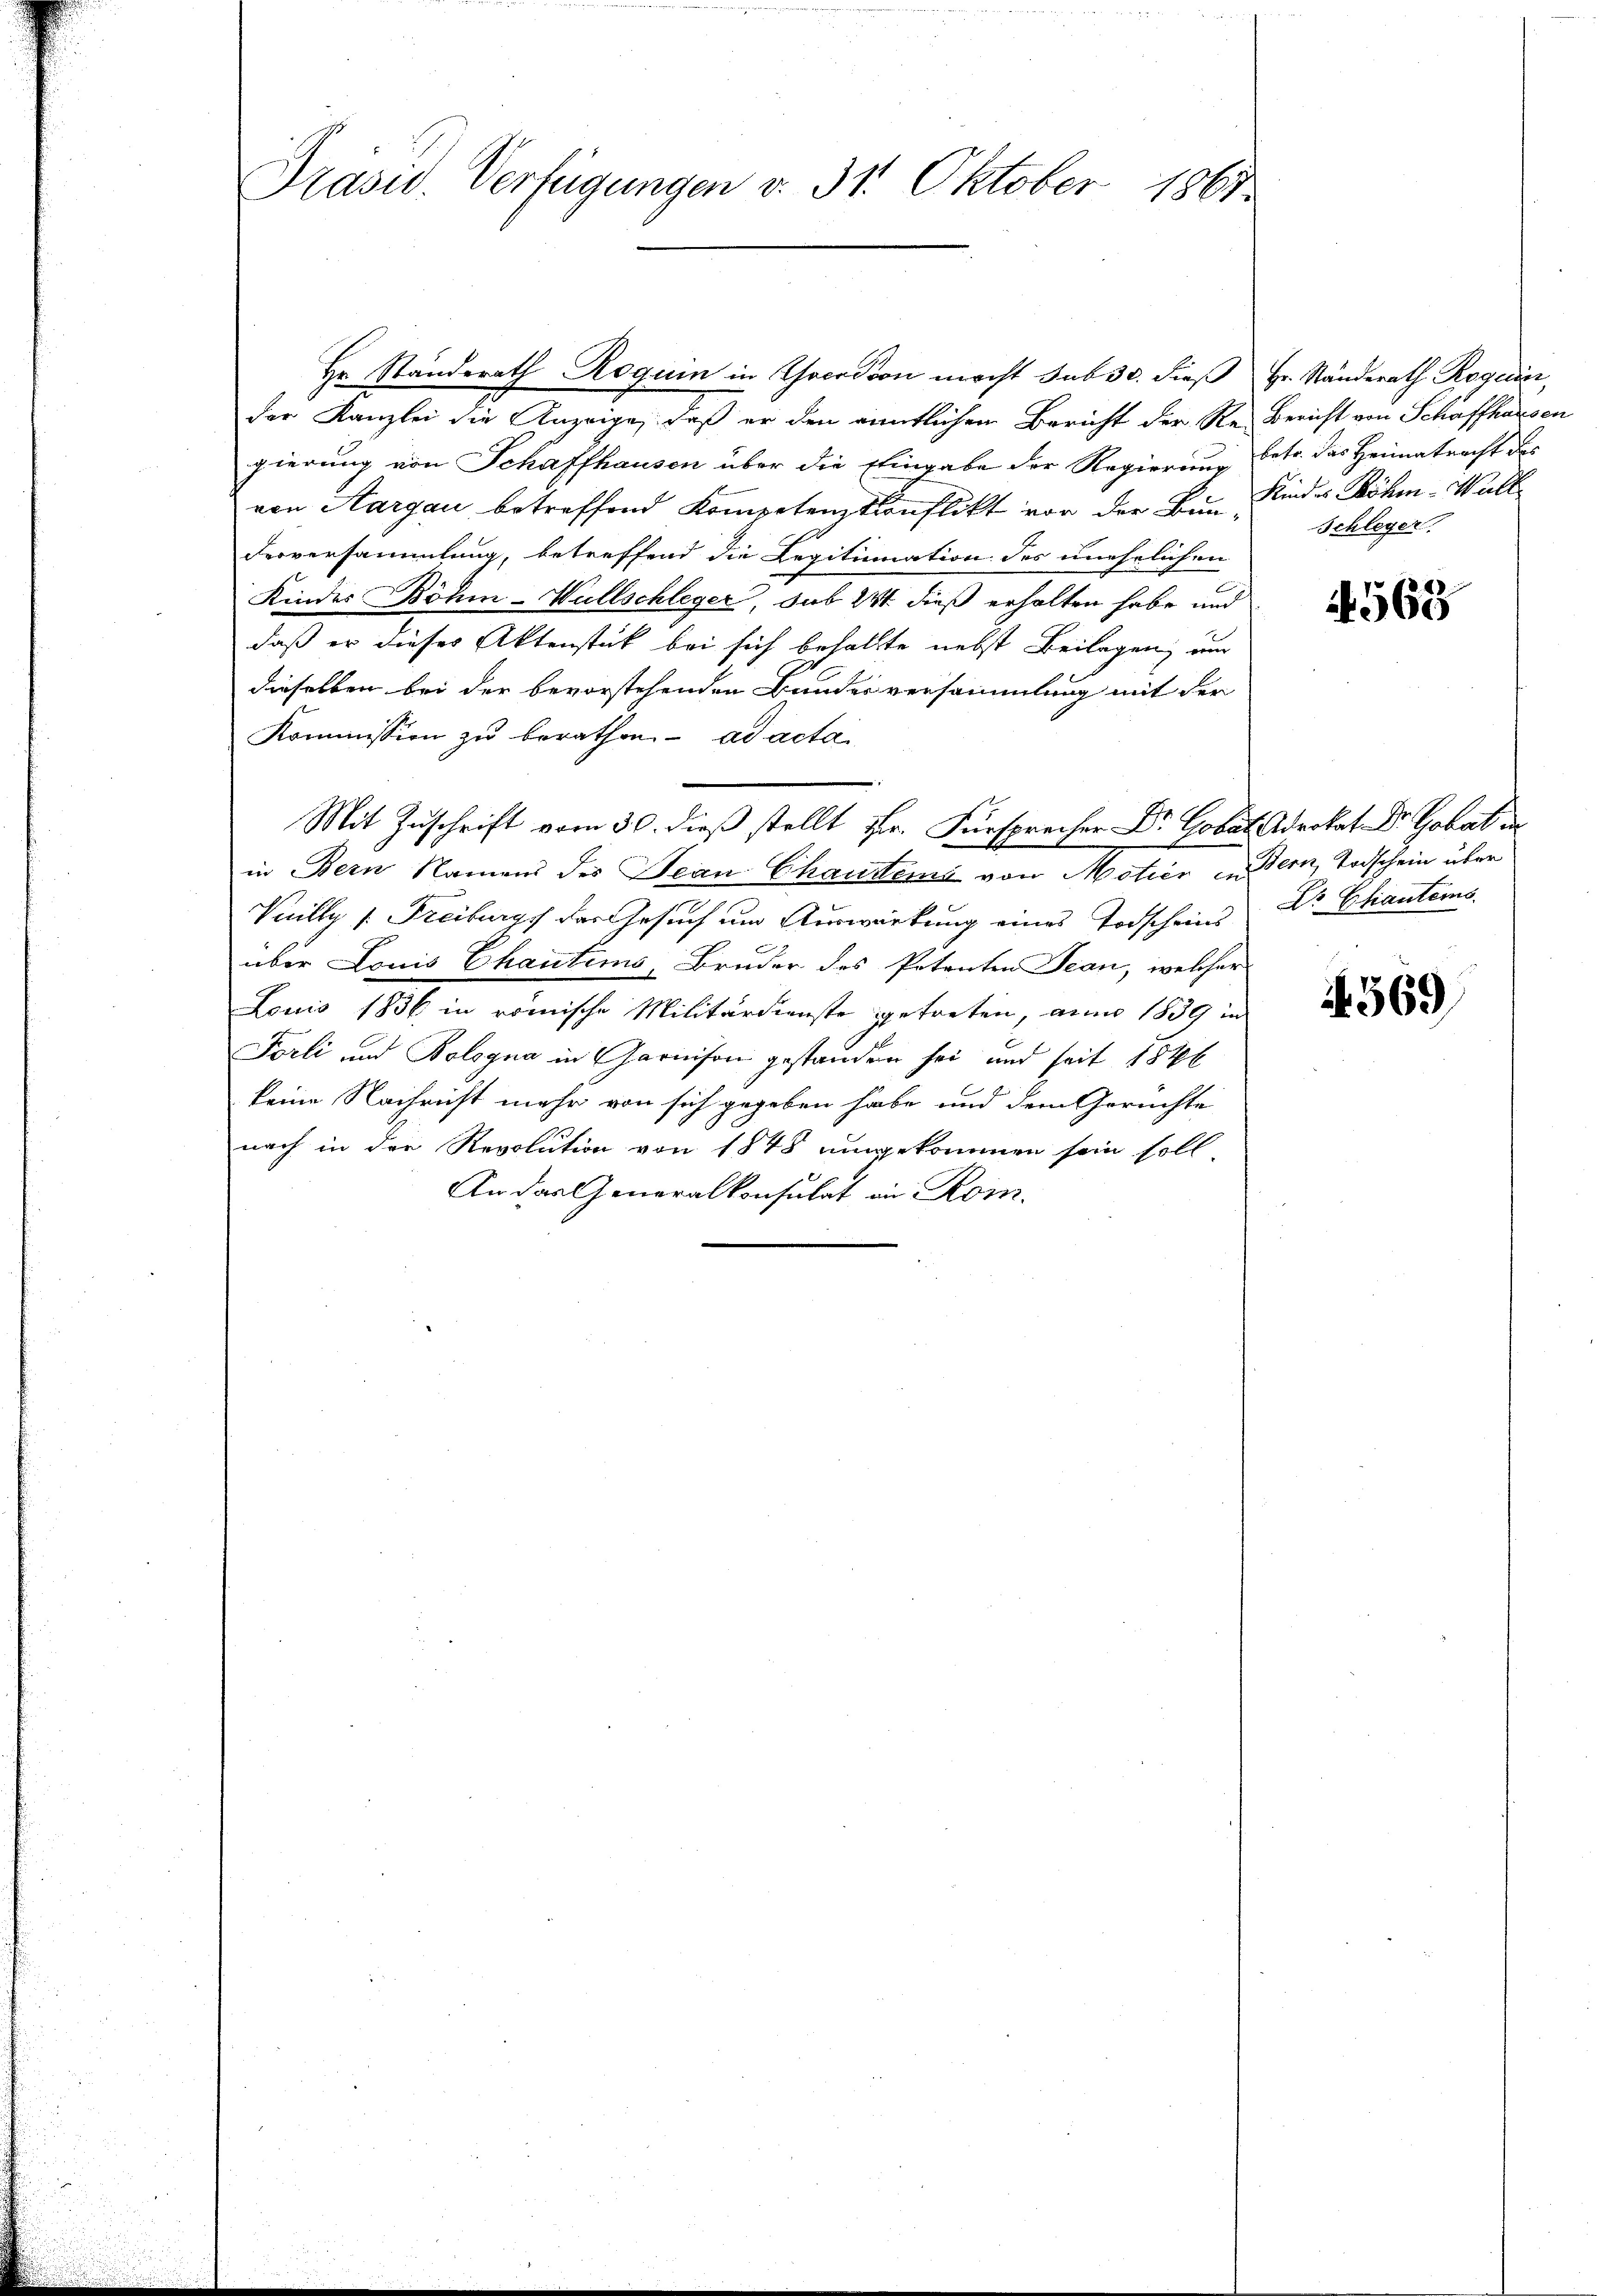
Hr. Standerath Roquin in Choco Poon macht sub 30. dieß Hr. Ständerath Roguin,
der Kanzlei die Anzeige, daß er den amtlichen Bericht der Re- Bericht von Schaffhausen
gierung von Schaffhausen über die Eingabe der Regierung betr. das Heimatracht des
von Aargau betreffend Kompetenzkonflikt vor der Bun Kinder Böhm - Wall
Ferversammlung, betreffend die Legitimation des unehelichen
Kindes Böhm-Wüllschleger, sub 241 dieß erhalten habe und
daß er dieses Aktenstück bei sich behallte nebst Beilagen, um
dieselben bei der bevorstehenden Bundesversammlung mit der
Kommission zu berathen ad acta
Mit Zuschrift vom 30. dieß stellt Hr. Fürsprecher Dr. Gobat drokat Dr. Gobat in
in Bern Namens des Dein Chaudem von Motier in Bern, Todschein über
Vuilly v. Freiburgs der Gesuch um Auswirkung eines Todscheins Dr. Chianters
über Louis Chautems, Bruder des Petenten Jean, welcher
Louis 1836 in römische Militärdienste getreten, aun 1839 in
Forli und Bologna in Garnison gestanden sei und seit 1846
keine Nachricht mehr von sich gegeben habe und dem Gerüchte
nach in der Revolution von 1848 umgekommen sein soll,
An das Generalkonsulat in Rom.

Präsid. Verfügungen v. 31. Oktober 1867

Schleger.

568

569)